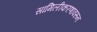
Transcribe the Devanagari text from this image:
सामिलीकरणावरून